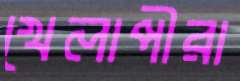
খেলাপীরা